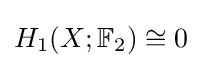
H_{1}(X;\mathbb {F} _{2})\cong 0